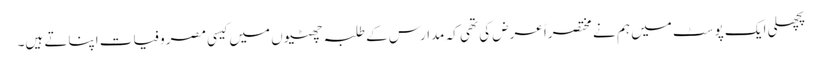
پچھلی ایک پوسٹ میں ہم نے مختصراً عرض کی تھی کہ مدارس کے طلبہ چھٹیوں میں کیسی مصروفیات اپناتے ہیں۔